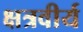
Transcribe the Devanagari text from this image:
क्षत्रवीर्य